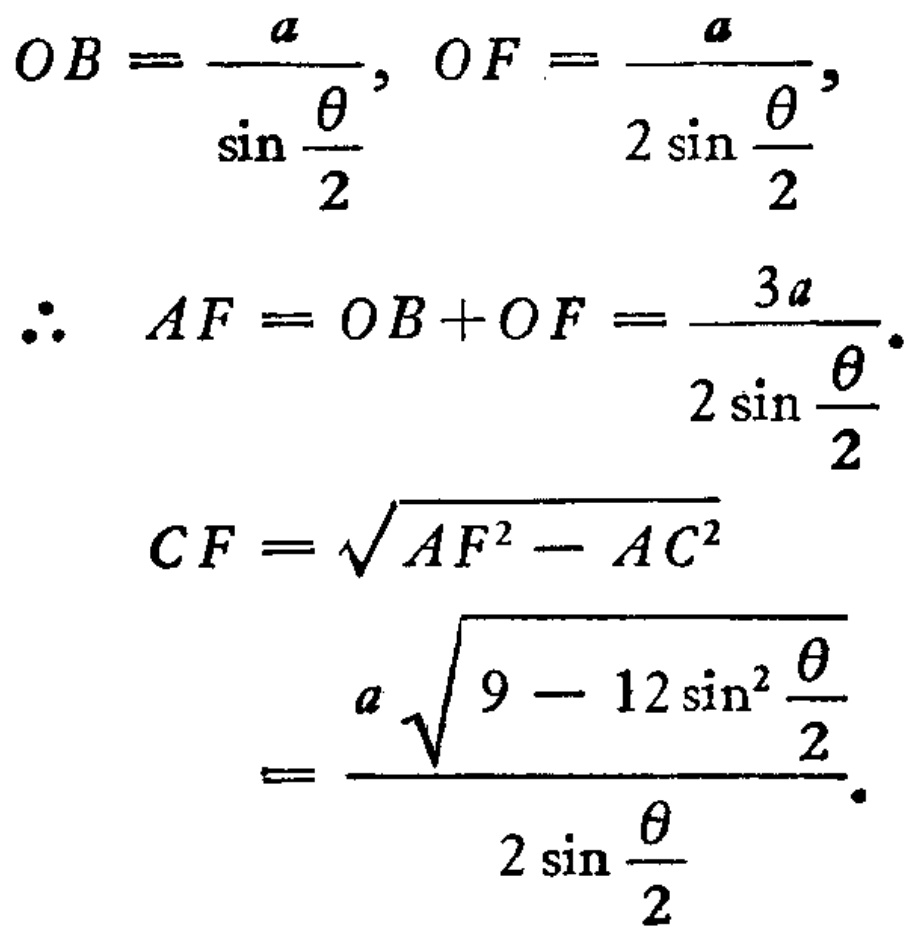
\[
\begin{align*}
OB&=\frac{a}{\sin\frac{\theta}{2}},\ OF=\frac{a}{2\sin\frac{\theta}{2}},\\
\therefore\ AF&=OB + OF=\frac{3a}{2\sin\frac{\theta}{2}}.\\
CF&=\sqrt{AF^{2}-AC^{2}}\\
&=\frac{a\sqrt{9 - 12\sin^{2}\frac{\theta}{2}}}{2\sin\frac{\theta}{2}}.
\end{align*}
\]